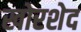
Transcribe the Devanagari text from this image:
खोरशेद